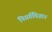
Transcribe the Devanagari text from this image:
निसर्गविज्ञान